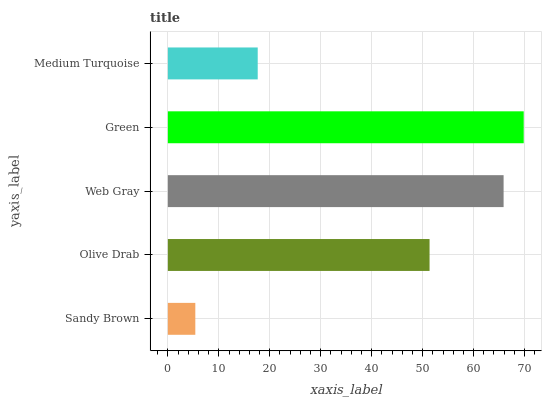
| yaxis_label | bars |
 | --- | --- |
 | Sandy Brown | 5.39 |
 | Olive Drab | 51.4 |
 | Web Gray | 65.9 |
 | Green | 69.8 |
 | Medium Turquoise | 17.6 |